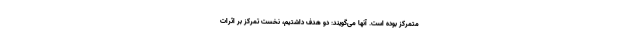
متمرکز بوده است. آنها می‌گویند: دو هدف داشتیم، نخست تمرکز بر اثرات